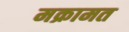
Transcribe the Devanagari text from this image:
मक्रामत